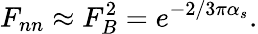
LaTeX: F_{nn}\approx F_{B}^{2}=e^{-2/3\pi\alpha_{s}}.